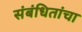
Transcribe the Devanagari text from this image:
संबंधितांचा